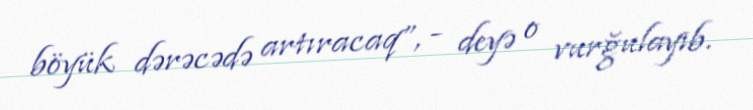
böyük dərəcədə artıracaq”, - deyə o vurğulayıb.